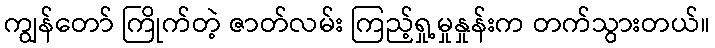
ကျွန်တော် ကြိုက်တဲ့ ဇာတ်လမ်း ကြည့်ရှု့မှုနှုန်းက တက်သွားတယ်။